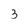
Character: 3